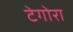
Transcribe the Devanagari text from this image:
टेगोरा